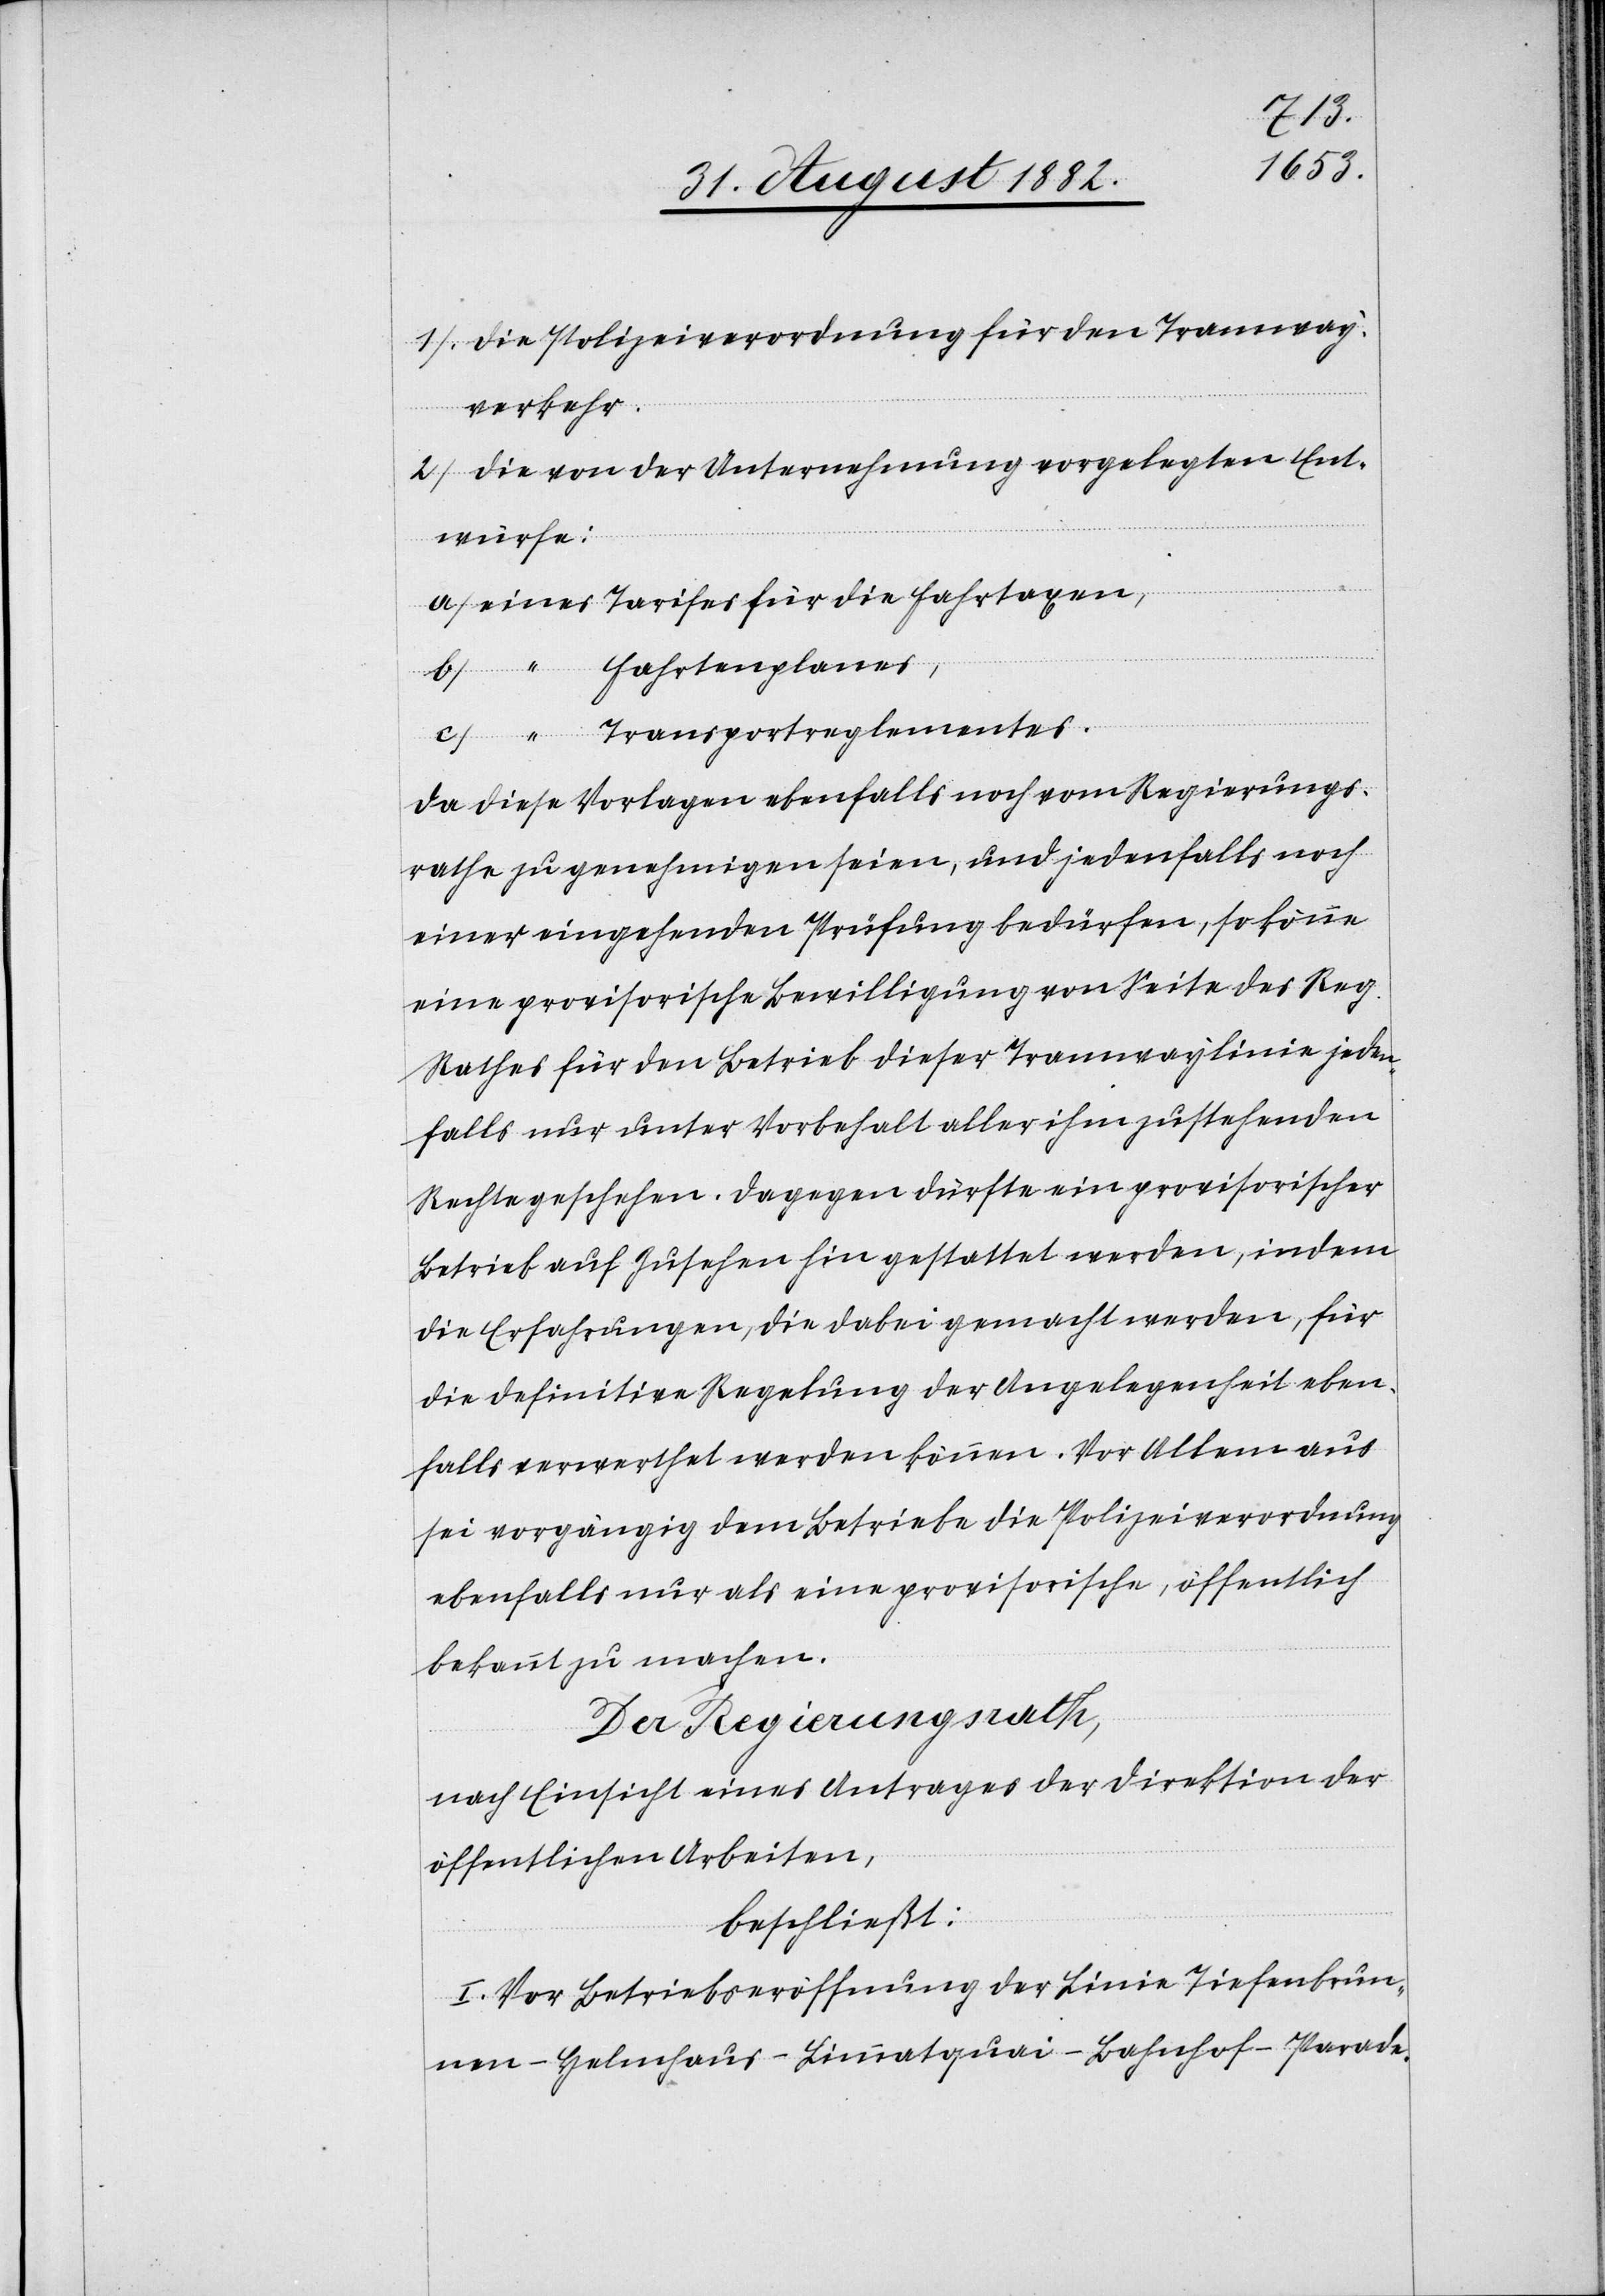
Die Polizeiverordnung für den Tramway¬
verkehr.
die von der Unternehmung vorgelegten Ent¬
würfe:
Transportreglementes.
Da diese Vorlagen ebenfalls noch vom Regierungs¬
rathe zu genehmigen seien, und jedenfalls noch
einer eingehenden Prüfung bedürfen, so könne
eine provisorische Bewilligung von Seite des Reg.
Rathes für den Betrieb dieser Tramwaylinie jeden¬
falls nur unter Vorbehalt aller ihm zustehenden
Rechte geschehen. Dagegen dürfte ein provisorischer
Betrieb auf Zusehen hin gestattet werden, indem
die Erfahrungen, die dabei gemacht werden, für
die definitive Regelung der Angelegenheit eben¬
falls verwerthet werden können. Vor Allem aus
sei vorgängig dem Betriebe die Polizeiverordnung
ebenfalls nur als eine provisorische, öffentlich
bekannt zu machen.
Der Regierungsrath,
nach Einsicht eines Antrages der Direktion der
öffentlichen Arbeiten,
beschließt:
I. Vor Betriebseröffnung der Linie Tiefenbrun¬
nen–Helmhaus–Limmatquai–Bahnhof–Parade-